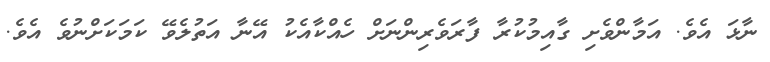
ނާޅަ އެވެ. އަމާންވެށި ގާއިމުކުރާ ފާރަވެރިންނަށް ހެއްކާއެކު އޭނާ އަތުލެވޭ ކަމަކަށްނުވެ އެވެ.